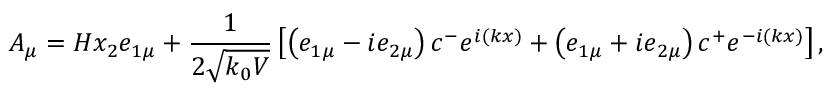
A _ { \mu } = H x _ { 2 } e _ { 1 \mu } + \frac 1 { 2 \sqrt { k _ { 0 } V } } \left[ \left( e _ { 1 \mu } - i e _ { 2 \mu } \right) c ^ { - } e ^ { i ( k x ) } + \left( e _ { 1 \mu } + i e _ { 2 \mu } \right) c ^ { + } e ^ { - i ( k x ) } \right] ,